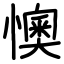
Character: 懊